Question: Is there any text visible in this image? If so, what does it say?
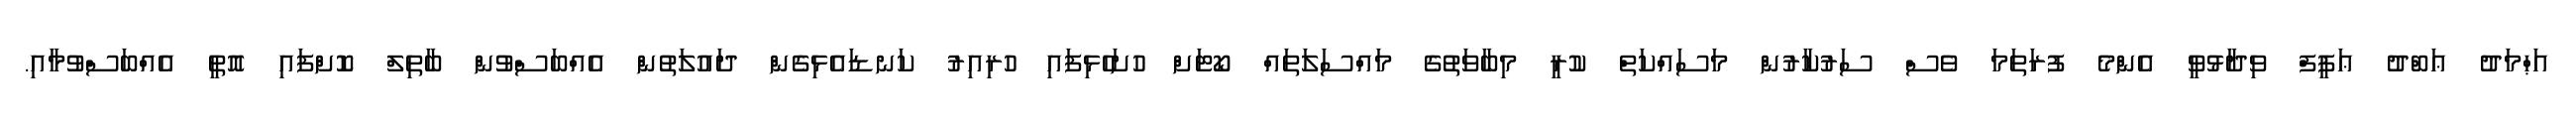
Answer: އަޙްމަދު ޢަބްދު ޢަފީފް ވިދާޅުވީ އެންމެ ފުރަތަމަ ވެސް ސަރުކާރުން މަސައްކަތް ކުރީ މިބާވަތުގެ މައްސަލަތައް ކޯޓަށް ހުށަހެޅިފައި ހުރިއިރު ކަނޑައެޅިގެން ދައުލަތުން އެއްބަސްވުން ބާތިލް ކޮށްފައި އޮތީ އެއްބަސްވުމާއި.